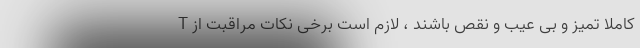
T کاملاً تمیز و بی عیب و نقص باشند ، لازم است برخی نکات مراقبت از